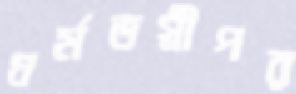
ধর্মভগ্নীপর